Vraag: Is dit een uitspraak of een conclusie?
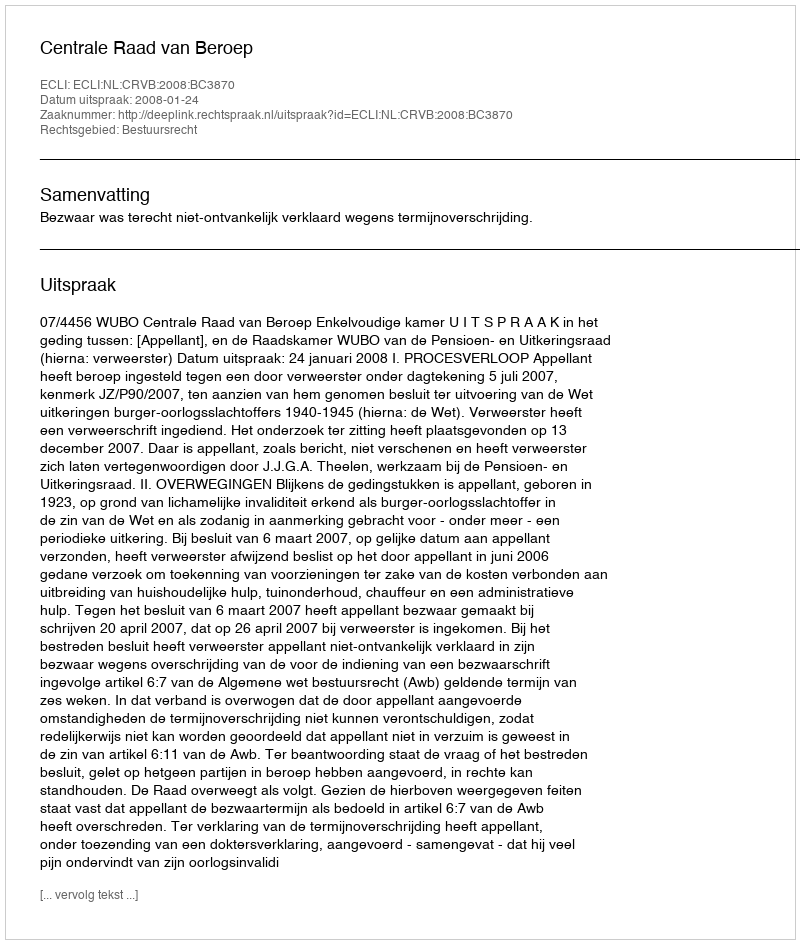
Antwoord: Uitspraak